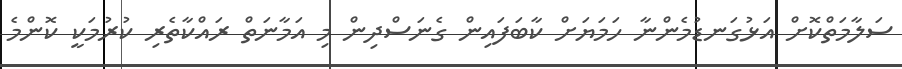
ސަލާމަތްކޮށް އަޅުގަނޑުމެންނާ ހަމަޔަށް ކާބަފައިން ގެނަސްދިން މި އަމާނަތް ރައްކާތެރި ކުރުމަކީ ކޮންމެ